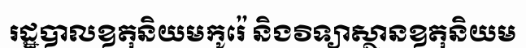
រដ្ឋបាលឧតុនិយមកូរ៉េ និងវិទ្យាស្ថានឧតុនិយម